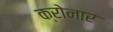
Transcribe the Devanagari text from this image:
क्रोनार